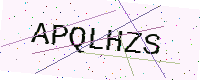
Text: APQLHZS